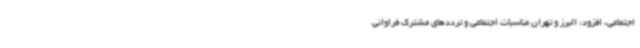
اجتماعی، افزود: البرز و تهران مناسبات اجتماعی و ترددهای مشترک فراوانی